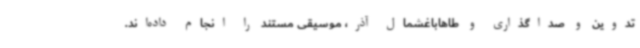
تدوین و صداگذاری و طاهاباغشمال آذر، موسیقی مستند را انجام داده‌اند.